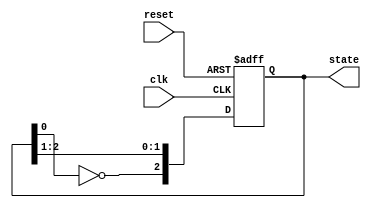
module johnson_counter (
    input wire clk,         // Clock input
    input wire reset,       // Asynchronous reset
    output reg [2:0] state  // 3-bit output state
);

// State register - 3 bits
reg [2:0] next_state;

// Always block for state transition on the rising edge of the clock
always @(posedge clk or posedge reset) begin
    if (reset) begin
        state <= 3'b000;  // Reset to initial state
    end else begin
        state <= next_state; // Update state to next state
    end
end

// Always block for next state logic
always @(*) begin
    next_state[2] = ~state[0]; // Feedback logic from state[0]
    next_state[1] = state[2];  // Shift left
    next_state[0] = state[1];  // Shift left
end

endmodule